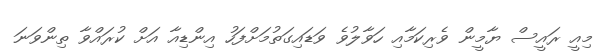
މިއީ ރައީސް ޔާމީން ވެރިކަމާއި ހަވާލުވެ ވަޑައިގަތުމަށްފަހު އިންޑިއާ އަށް ކުރައްވާ ތިންވަނަ